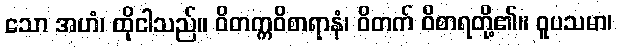
သော အဟံ၊ ထိုငါသည်။ ဝိတက္ကဝိစာရာနံ၊ ဝိတက် ဝိစာရတို့၏။ ဝူပသမာ၊